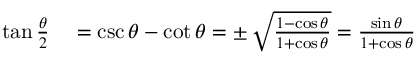
\begin{array} { r l } { \tan { \frac { \theta } { 2 } } } & { { } = \csc \theta - \cot \theta = \pm \, { \sqrt { \frac { 1 - \cos \theta } { 1 + \cos \theta } } } = { \frac { \sin \theta } { 1 + \cos \theta } } } \end{array}